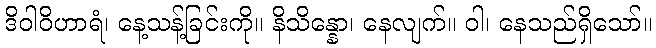
ဒိဝါဝိဟာရံ၊ နေ့သန့်ခြင်းကို။ နိသိန္နော၊ နေလျက်။ ဝါ၊ နေသည်ရှိသော်။